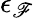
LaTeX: \epsilon_{\mathscr{F}}